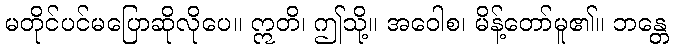
မတိုင်ပင်မပြောဆိုလိုပေ။ ဣတိ၊ ဤသို့။ အဝေါစ၊ မိန့်တော်မူ၏။ ဘန္တေ